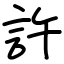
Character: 許